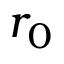
r _ { 0 }